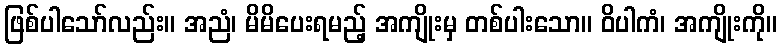
ဖြစ်ပါသော်လည်း။ အညံ၊ မိမိပေးရမည့် အကျိုးမှ တစ်ပါးသော။ ဝိပါကံ၊ အကျိုးကို။